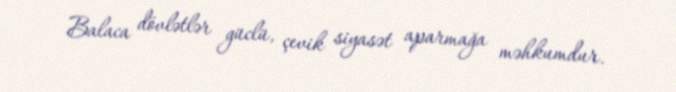
Balaca dövlətlər güclü, çevik siyasət aparmağa məhkumdur.